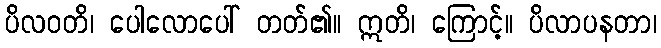
ပိလဝတိ၊ ပေါလောပေါ် တတ်၏။ ဣတိ၊ ကြောင့်။ ပိလာပနတာ၊